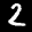
Label: 2